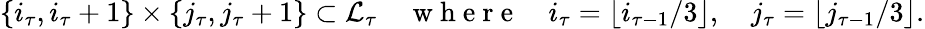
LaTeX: \{ i_{\tau},i_{\tau}+1\} \times\{ j_{\tau},j_{\tau}+1\} \subset\mathcal{L}_{\tau}\quad\mathrm{~w~h~e~r~e~}\quad i_{\tau}=\lfloor i_{\tau-1}/3\rfloor,\quad j_{\tau}=\lfloor j_{\tau-1}/3\rfloor.